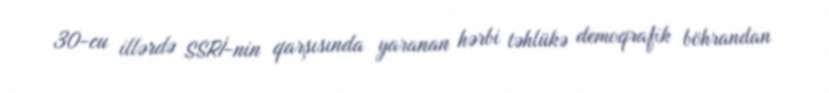
30-cu illərdə SSRİ-nin qarşısında yaranan hərbi təhlükə demoqrafik böhrandan